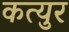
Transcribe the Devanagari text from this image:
कत्युर